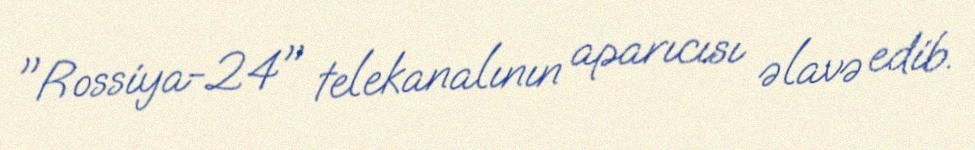
"Rossiya-24" telekanalının aparıcısı əlavə edib.